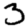
Digit: 3